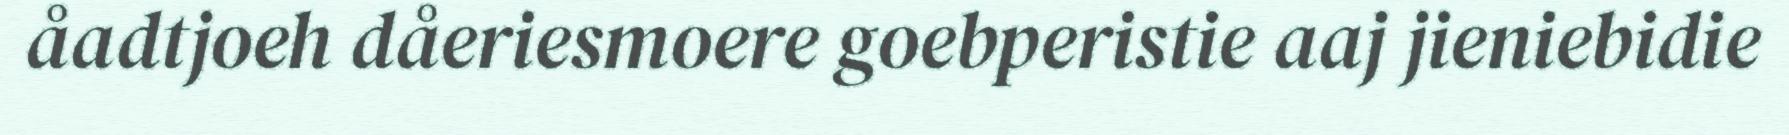
åadtjoeh dåeriesmoere goebperistie aaj jieniebidie